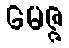
မေဇ္ဇ